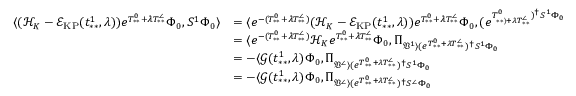
\begin{array} { r l } { \langle ( \mathcal { H } _ { K } - \mathcal { E } _ { \mathrm { K P } } ( t _ { * * } ^ { 1 } , \lambda ) ) e ^ { T _ { * * } ^ { 0 } + \lambda T _ { * * } ^ { \angle } } \Phi _ { 0 } , S ^ { 1 } \Phi _ { 0 } \rangle } & { = \langle e ^ { - ( T _ { * * } ^ { 0 } + \lambda T _ { * * } ^ { \angle } ) } ( \mathcal { H } _ { K } - \mathcal { E } _ { \mathrm { K P } } ( t _ { * * } ^ { 1 } , \lambda ) ) e ^ { T _ { * * } ^ { 0 } + \lambda T _ { * * } ^ { \angle } } \Phi _ { 0 } , ( e ^ { T _ { * * \rangle + \lambda T _ { * * } ^ { \angle } } ^ { 0 } ) ^ { \dag } S ^ { 1 } \Phi _ { 0 } } } \\ & { = \langle e ^ { - ( T _ { * * } ^ { 0 } + \lambda T _ { * * } ^ { \angle } ) } \mathcal { H } _ { K } e ^ { T _ { * * } ^ { 0 } + \lambda T _ { * * } ^ { \angle } } \Phi _ { 0 } , \Pi _ { \mathfrak { V } ^ { 1 } \rangle ( e ^ { T _ { * * } ^ { 0 } + \lambda T _ { * * } ^ { \angle } } ) ^ { \dag } S ^ { 1 } \Phi _ { 0 } } } \\ & { = - \langle \mathcal { G } ( t _ { * * } ^ { 1 } , \lambda ) \Phi _ { 0 } , \Pi _ { \mathfrak { V } ^ { \angle } \rangle ( e ^ { T _ { * * } ^ { 0 } + \lambda T _ { * * } ^ { \angle } } ) ^ { \dag } S ^ { 1 } \Phi _ { 0 } } } \\ & { = - \langle \mathcal { G } ( t _ { * * } ^ { 1 } , \lambda ) \Phi _ { 0 } , \Pi _ { \mathfrak { V } ^ { \angle } \rangle ( e ^ { T _ { * * } ^ { 0 } + \lambda T _ { * * } ^ { \angle } } ) ^ { \dag } S ^ { \angle } \Phi _ { 0 } } } \end{array}